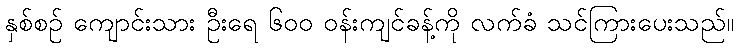
နှစ်စဉ် ကျောင်းသား ဦးရေ ၆၀၀ ဝန်းကျင်ခန့်ကို လက်ခံ သင်ကြားပေးသည်။